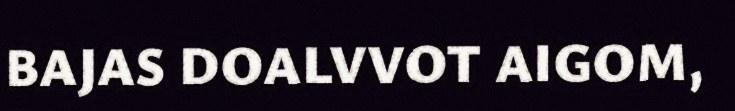
BAJAS DOALVVOT AIGOM,